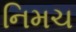
નિમચ